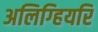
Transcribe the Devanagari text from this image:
अलिग्हियरि